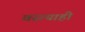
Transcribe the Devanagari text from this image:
वस्त्याही